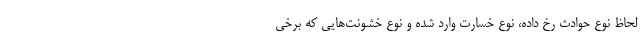
لحاظ نوع حوادث رخ داده، نوع خسارت وارد شده و نوع خشونت‌هایی که برخی